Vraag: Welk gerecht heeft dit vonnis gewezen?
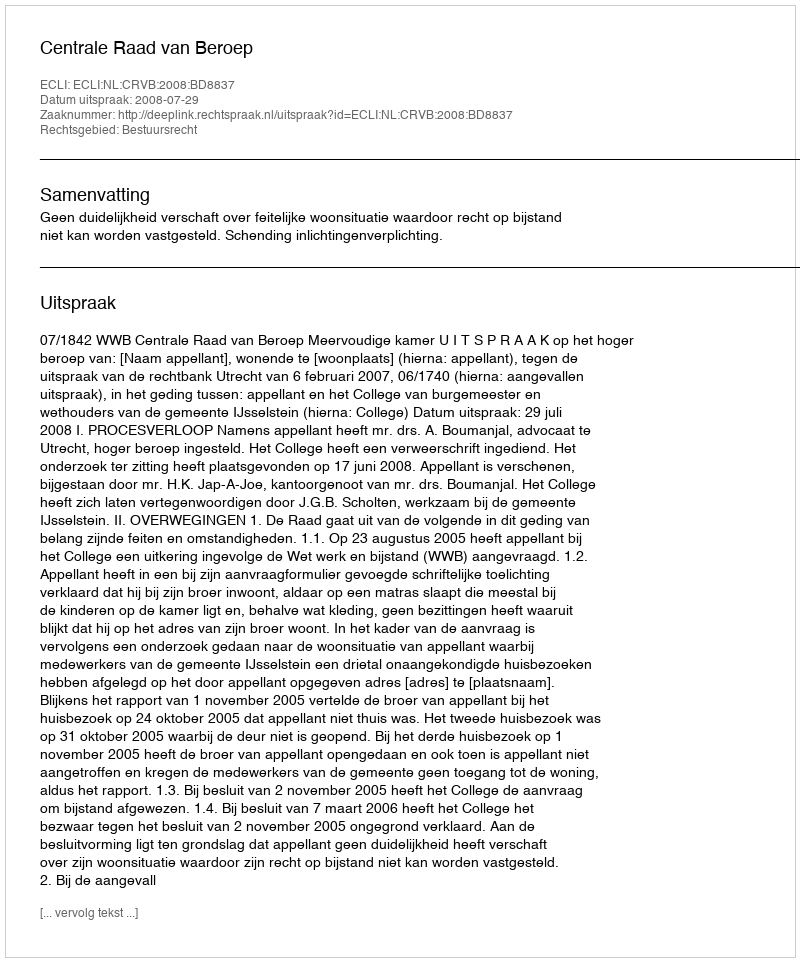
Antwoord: Centrale Raad van Beroep